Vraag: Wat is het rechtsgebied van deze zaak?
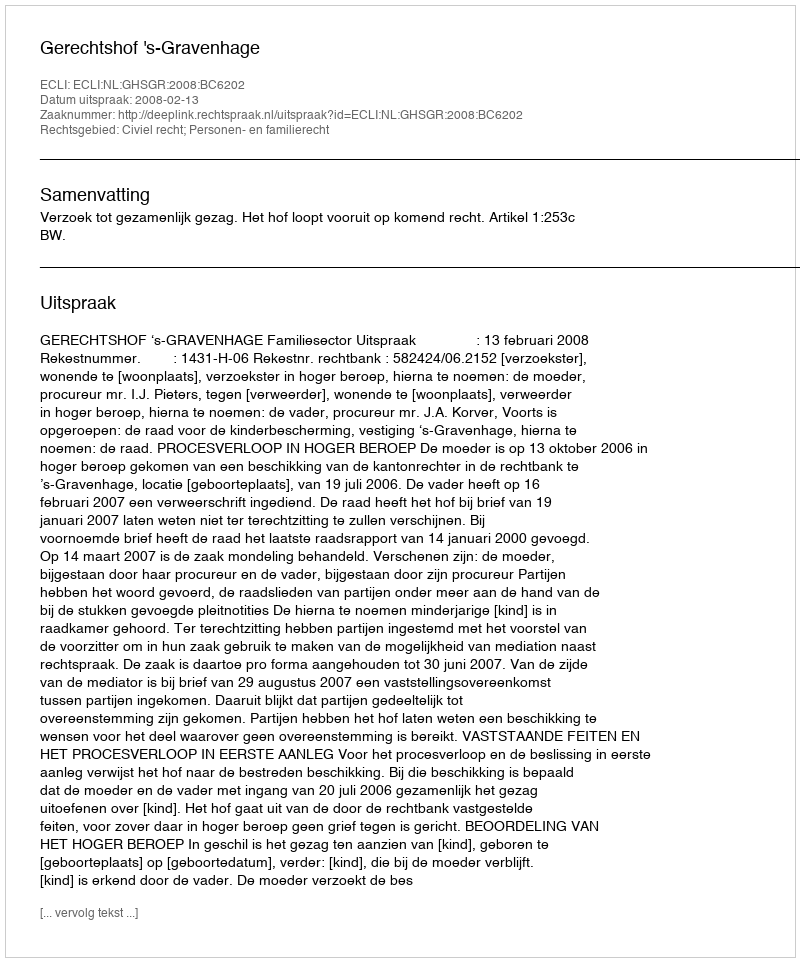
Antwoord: Civiel recht; Personen- en familierecht